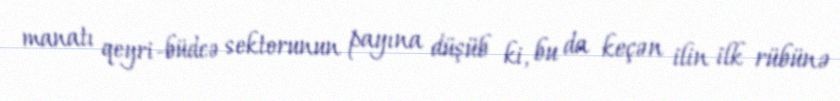
manatı qeyri-büdcə sektorunun payına düşüb ki, bu da keçən ilin ilk rübünə